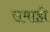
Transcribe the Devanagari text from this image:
समाही